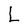
Character: L